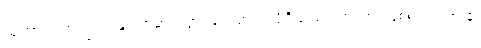
သုတွာ၊ ကြား၍။ ဂန္တုကာမာ၊ သွားခြင်းငှာအလိုရှိသည်။ ဟုတွာ၊ ဖြစ်၍။ ရာဇာနံ၊